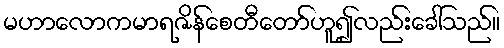
မဟာလောကမာရဇိန်စေတီတော်ဟူ၍လည်းခေါ်သည်။